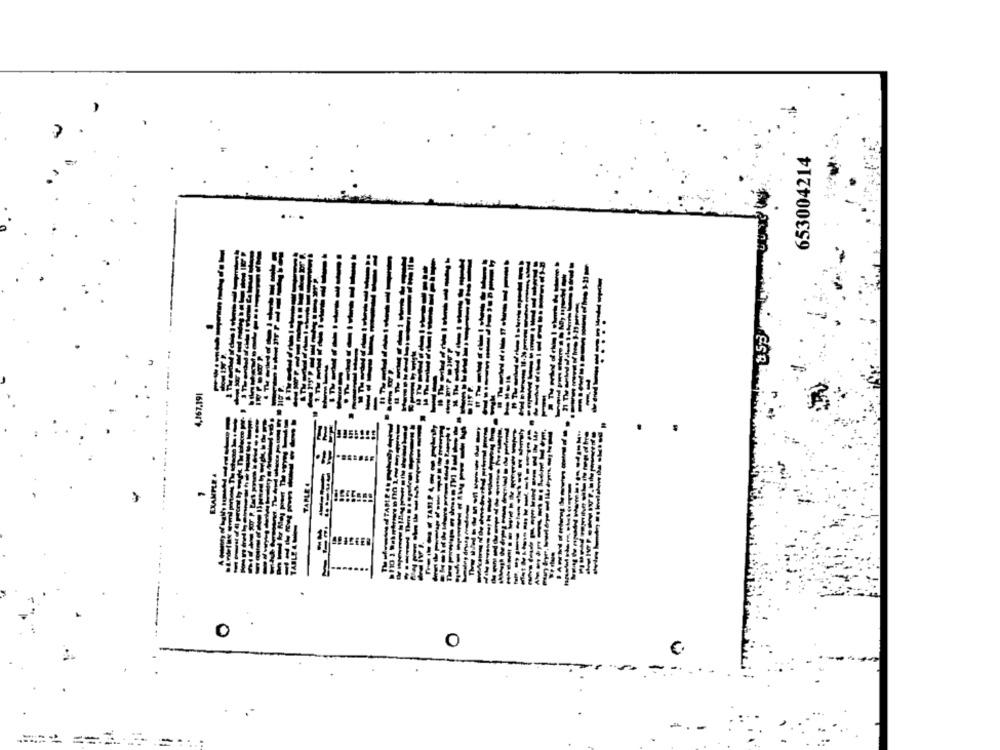
653004214
..
TH
----------
--------
.
161'29/*)
----
-
O
€.
.
=...: